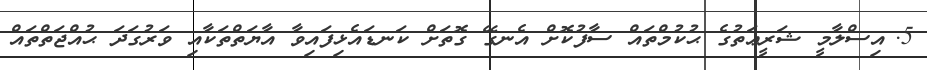
5.	އިސްލާމީ ޝަރީޢަތުގެ ޙުކުމްތައް ސާފުކޮށް އެނގޭ ގޮތަށް ކަނޑައެޅިފައިވާ އާޔަތްތަކާއި ވަރުގަދަ ޙުއްޖަތްތައް